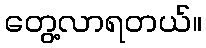
တွေ့လာရတယ်။